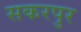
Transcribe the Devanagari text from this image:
सकरपुर